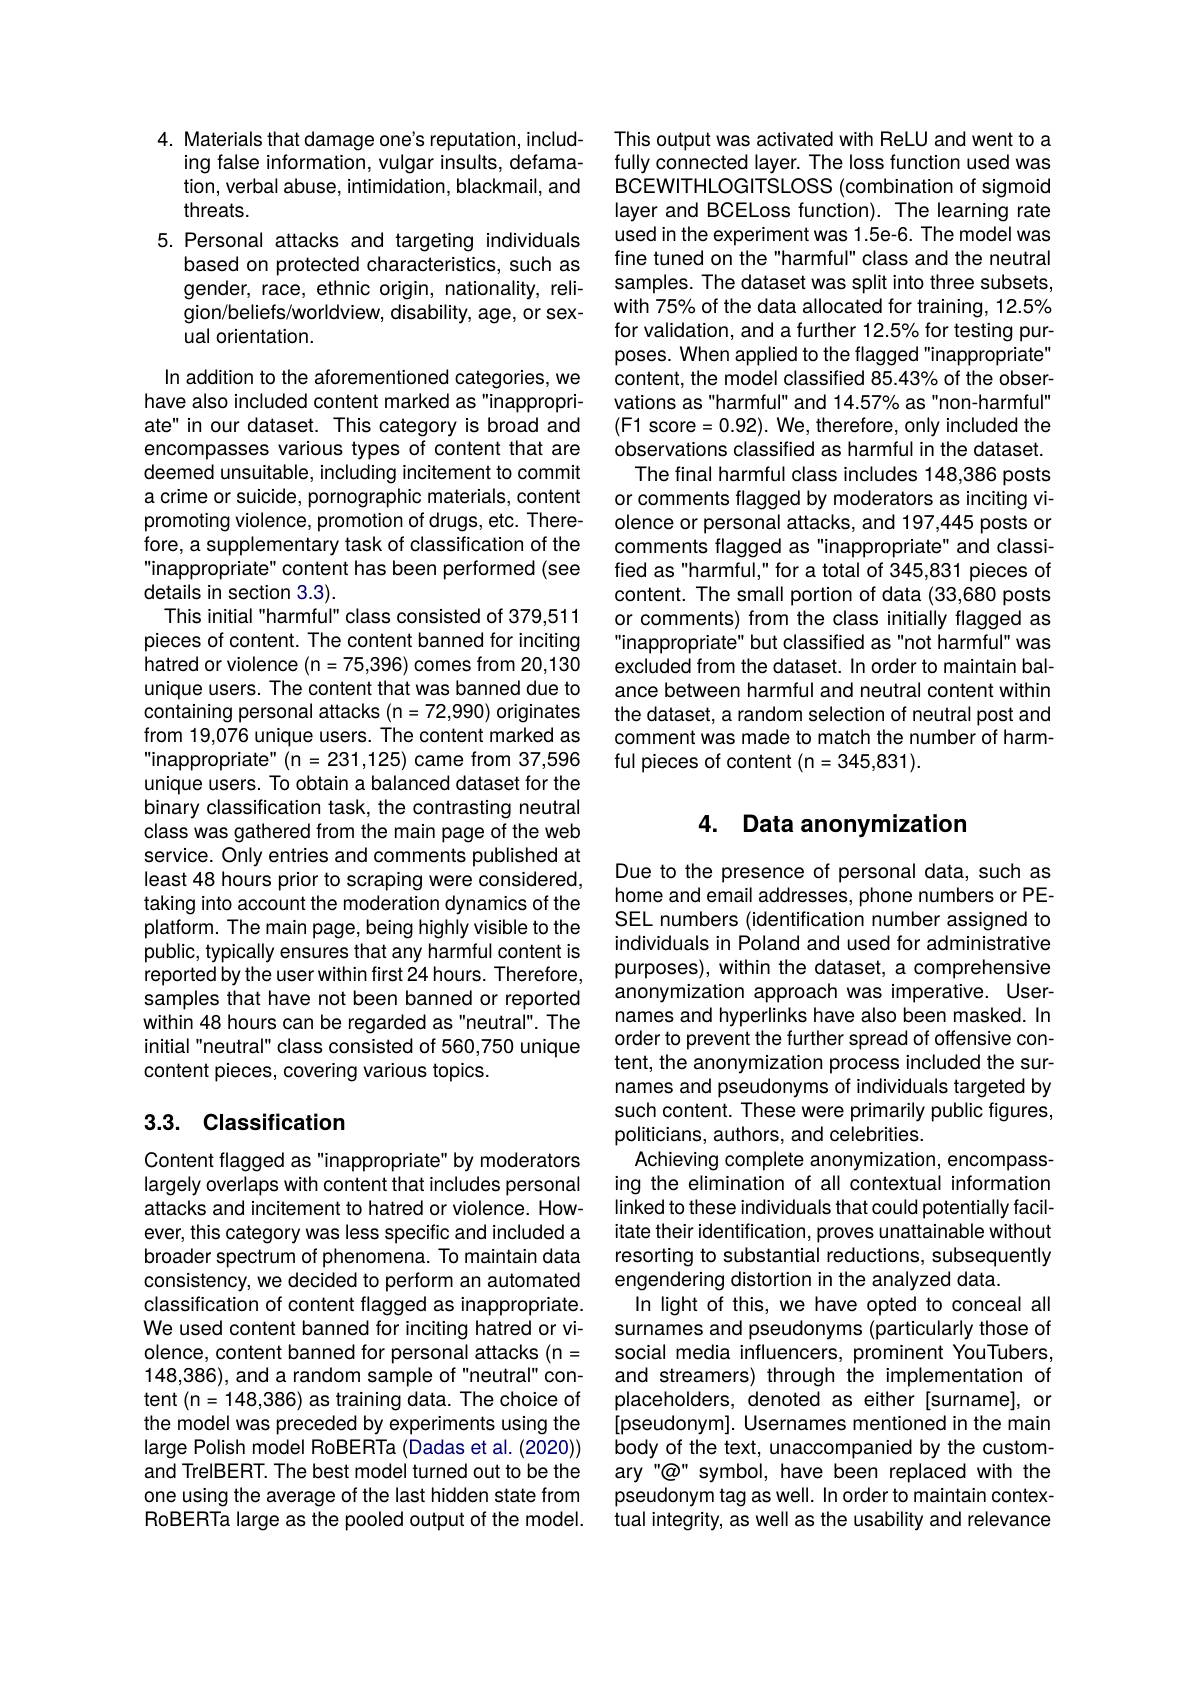
4. Materials that damage one's reputation, includ-
ing false information, vulgar insults, defamation, verbal abuse, intimidation, blackmail, and threats.
5.Personal attacks and targeting individuals
based on protected characteristics, such as gender, race, ethnic origin, nationality, religion/beliefs/worldview, disability, age, or sexual orientation.

In addition to the aforementioned categories, we have also included content marked as"inappropriate" in our dataset. This category is broad and encompasses various types of content that are deemed unsuitable, including incitement to commit a crime or suicide, pornographic materials, content promoting violence, promotion of drugs, etc. Therefore, a supplementary task of classification of the " inappropriate" content has been performed (see details in section 3.3).
This initial "harmful" class consisted of 379,511 pieces of content. The content banned for inciting hatred or violence (n=75,396) comes from 20,130 unique users. The content that was banned due to containing personal attacks (n=72,990) originates from 19,076 unique users. The content marked as “ inappropriate" ( n= 231, 125) came from 37, 596 unique users. To obtain a balanced dataset for the binary classification task, the contrasting neutral class was gathered from the main page of the web service. Only entries and comments published at least 48 hours prior to scraping were considered, taking into account the moderation dynamics of the platform. The main page, being highly visible to the public, typically ensures that any harmful content is reported by the user within first 24 hours. Therefore, samples that have not been banned or reported within 48 hours can be regarded as "neutral". The initial "neutral" class consisted of 560,750 unique content pieces, covering various topics.

## 3.3. Classification

Content flagged as "inappropriate" by moderators largely overlaps with content that includes personal attacks and incitement to hatred or violence. However, this category was less specific and included a broader spectrum of phenomena. To maintain data consistency, we decided to perform an automated classification of content flagged as inappropriate. We used content banned for inciting hatred or violence, content banned for personal attacks (n= 148,386), and a random sample of "neutral" content (n=148,386) as training data. The choice of the model was preceded by experiments using the large Polish model RoBERTa (Dadas et al. (2020)) and TrelBERT. The best model turned out to be the one using the average of the last hidden state from RoBERTa large as the pooled output of the model.

This output was activated with ReLU and went to a fully connected layer. The loss function used was BCEWITHLOGITSLOSS (combination of sigmoid layer and BCELoss function). The learning rate used in the experiment was 1.5e-6. The model was fine tuned on the "harmful" class and the neutral samples. The dataset was split into three subsets, with 75% of the data allocated for training, 12.5% for validation, and a further 12.5% for testing purposes. When applied to the flagged"inappropriate" content, the model classified 85.43% of the observations as"harmful" and 14.57% as"non-harmful" (F1 score=0.92). We, therefore, only included the observations classified as harmful in the dataset.
The final harmful class includes 148,386 posts or comments flagged by moderators as inciting violence or personal attacks, and 197,445 posts or comments flagged as "inappropriate" and classified as "harmful," for a total of 345,831 pieces of content. The small portion of data (33,680 posts or comments) from the class initially flagged as "inappropriate" but classified as"not harmful" was excluded from the dataset. In order to maintain balance between harmful and neutral content within the dataset, a random selection of neutral post and comment was made to match the number of harmful pieces of content (n=345,831).

## 4. Data anonymization

Due to the presence of personal data, such as home and email addresses, phone numbers or PESEL numbers (identification number assigned to individuals in Poland and used for administrative purposes), within the dataset, a comprehensive anonymization approach was imperative. Usernames and hyperlinks have also been masked. In order to prevent the further spread of offensive content, the anonymization process included the surnames and pseudonyms of individuals targeted by such content. These were primarily public figures, politicians, authors, and celebrities.
Achieving complete anonymization, encompassing the elimination of all contextual information linked to these individuals that could potentially facilitate their identification, proves unattainable without resorting to substantial reductions, subsequently engendering distortion in the analyzed data.
In light of this, we have opted to conceal all surnames and pseudonyms (particularly those of social media influencers, prominent YouTubers, and streamers) through the implementation of placeholders, denoted as either [surname], or [pseudonym]. Usernames mentioned in the main body of the text, unaccompanied by the customary"@" symbol, have been replaced with the pseudonym tag as well. In order to maintain contextual integrity, as well as the usability and relevance